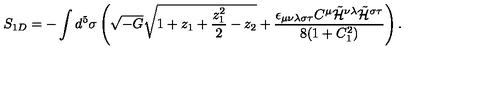
S _ { 1 D } = - \int d ^ { 5 } \sigma \left( \sqrt { - G } \sqrt { 1 + z _ { 1 } + \frac { z _ { 1 } ^ { 2 } } { 2 } - z _ { 2 } } + \frac { \epsilon _ { \mu \nu \lambda \sigma \tau } C ^ { \mu } \tilde { { \cal H } } ^ { \nu \lambda } \tilde { { \cal H } } ^ { \sigma \tau } } { 8 ( 1 + C _ { 1 } ^ { 2 } ) } \right) .